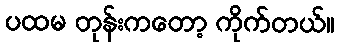
ပထမ တုန်းကတော့ ကိုက်တယ်။